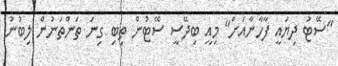
"ސޭޓު ދިޔައީ ފާހާނާއަށް" މިއީ ބިދޭސީ ސޭޓުން ތިބި ގިނަ ތަންތަނުން ލިބުނު